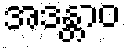
အဒန္တာဝ